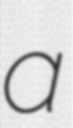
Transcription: a